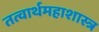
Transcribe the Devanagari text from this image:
तत्वार्थमहाशास्त्र